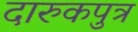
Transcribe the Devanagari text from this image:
दारुकपुत्र